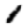
Digit: 1